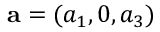
{ \bf { a } } = ( a _ { 1 } , 0 , a _ { 3 } )